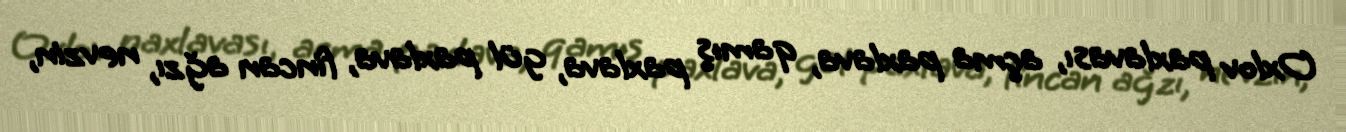
Oxlov paxlavası, açma paxlava, qamış paxlava, gül paxlava, fincan ağzı, nevzin,